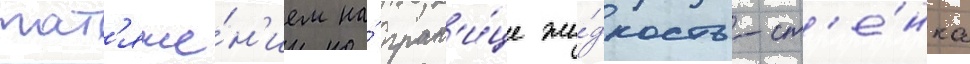
нат'яже́н'ием на́ гран'и́це жи́дкость-ст'е́нка